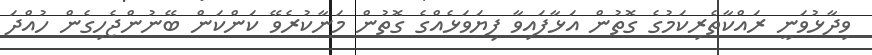
ވިދާޅުވަނީ ރައްކާތެރިކަމުގެ ގޮތުން އަޅާފައިވާ ފިޔަވަޅެއްގެ ގޮތުން މަނާކުރެވޭ ކަންކަން ބޭނުންޖެހިގެން ހުއްދަ